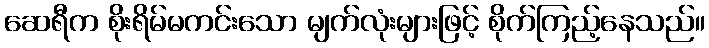
ဆေရီက စိုးရိမ်မကင်းသော မျက်လုံးများဖြင့် စိုက်ကြည့်နေသည်။